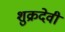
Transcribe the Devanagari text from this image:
शुक्रदेवी